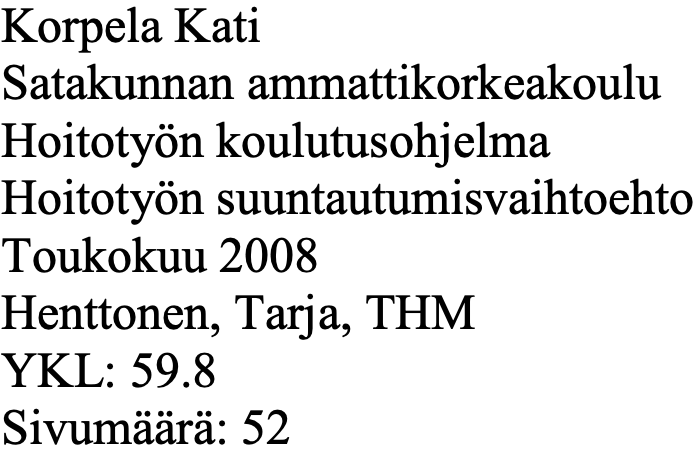
Korpela Kati Satakunnan ammattikorkeakoulu Hoitotyön koulutusohjelma Hoitotyön suuntautumisvaihtoehto Toukokuu 2008 Henttonen, Tarja, THM YKL: 59.8 Sivumäärä: 52